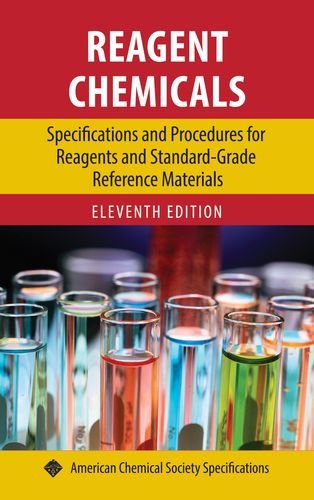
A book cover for Reagent Chemicals: Specifications and Procedures for Reagents (ACS Professional Reference Book); Science & Math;